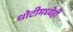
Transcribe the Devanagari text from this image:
धोटीमध्येही